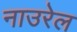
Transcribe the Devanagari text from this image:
नाउरेल